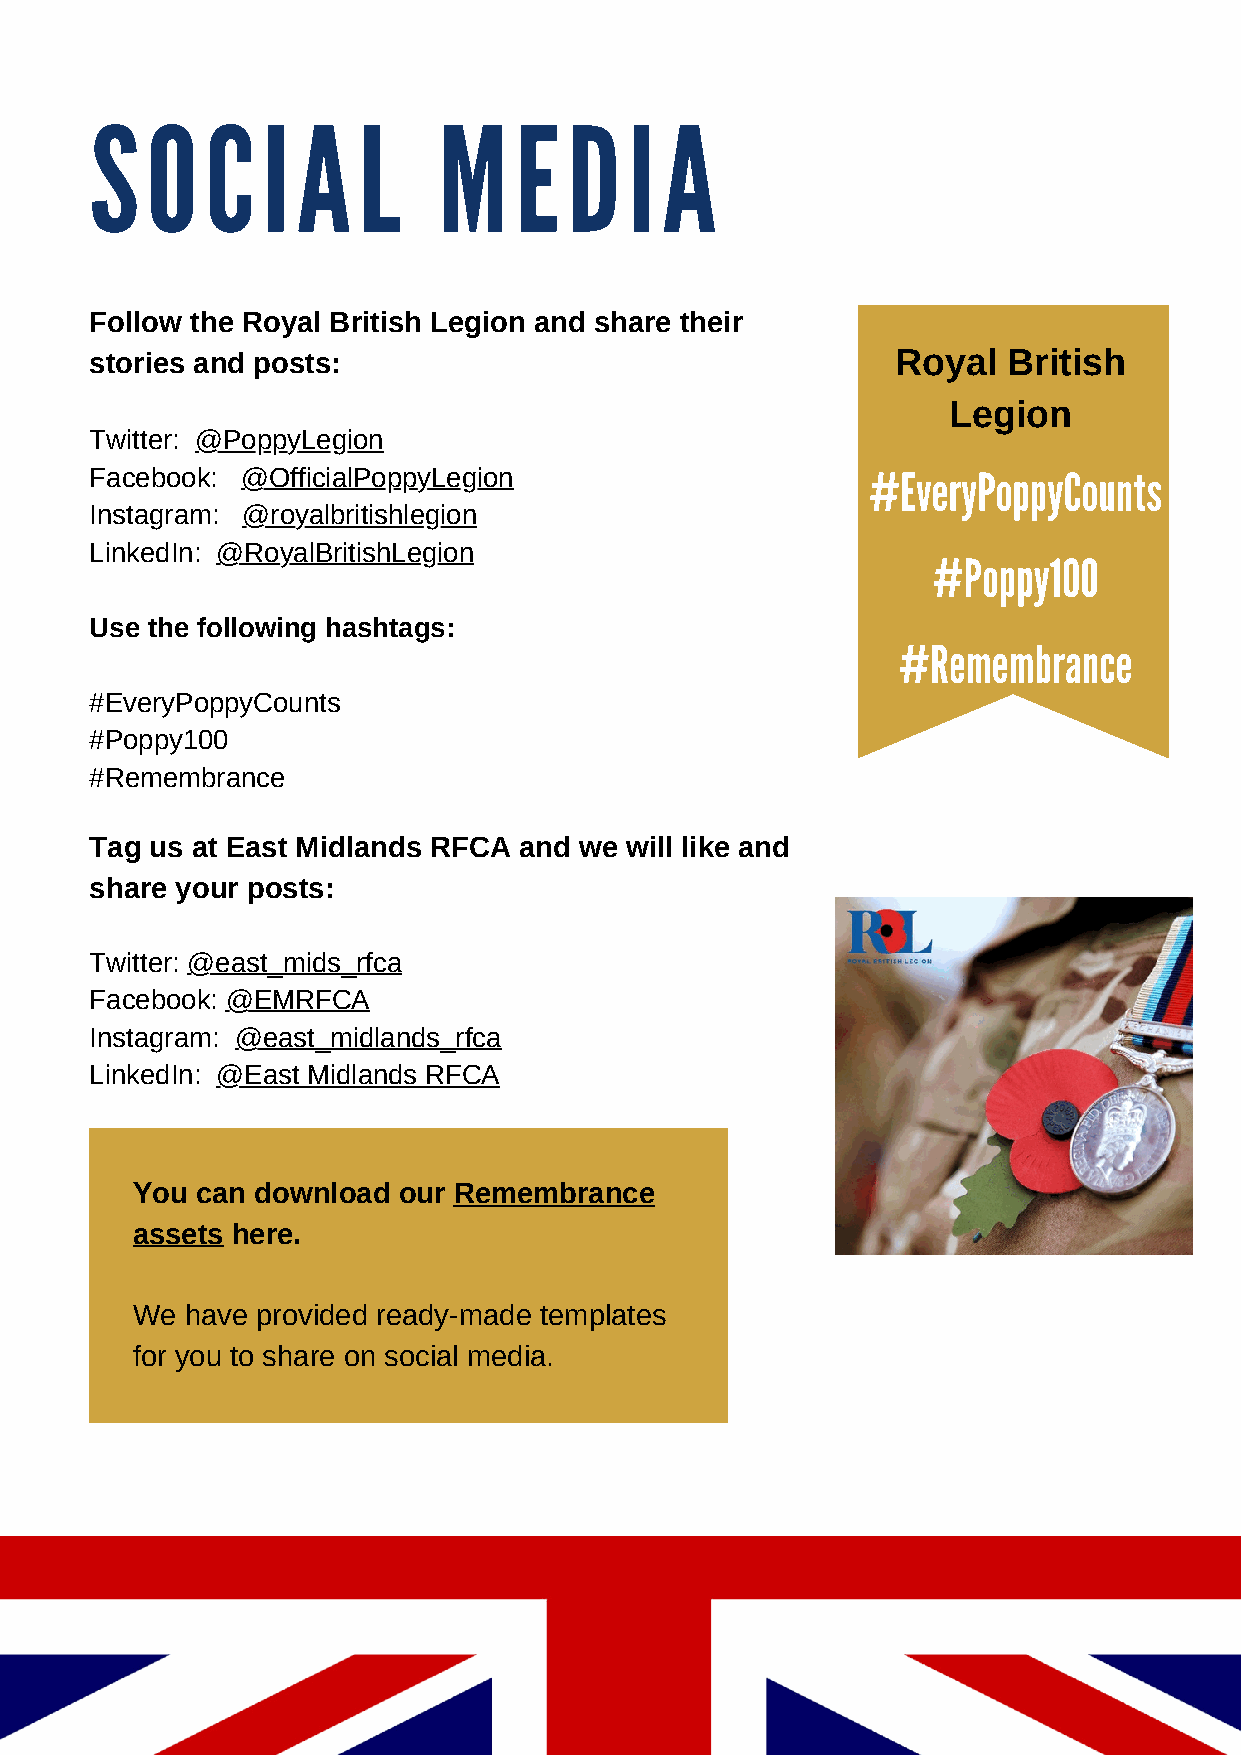
S   O   C  I  A   L    M    E   D   I A
 Follow the Royal British Legion and share their
 stories and posts:                                   Royal   British
 Legion
 Twitter: @PoppyLegion
 #EveryPoppyCounts
 Facebook: @OfficialPoppyLegion
 Instagram: @royalbritishlegion
 LinkedIn: @RoyalBritishLegion                           #Poppy100
 Use the following hashtags:
 #Remembrance
 #EveryPoppyCounts
 #Poppy100
 #Remembrance
 Tag us at East Midlands RFCA and we will like and
 share your posts:
 Twitter: @east_mids_rfca
 Facebook: @EMRFCA
 Instagram: @east_midlands_rfca
 LinkedIn: @East Midlands RFCA
 You can download our Remembrance
 assets here.
 We have provided ready-made templates
 for you to share on social media.